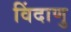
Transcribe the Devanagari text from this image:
विंदाणु